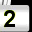
Digit: 2